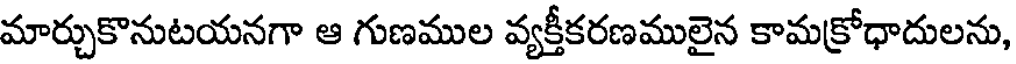
మార్చుకొనుటయనగా ఆ గుణముల వ్యక్తీకరణములైన కామక్రోధాదులను,